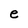
Character: e